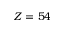
Z = 5 4